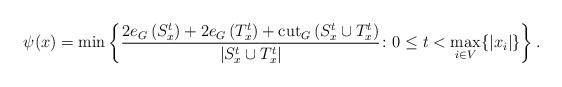
LaTeX: \begin{align*}\psi(x)=\min\left\{ \frac{2e_G\left(S_{x}^t\right)+2e_G\left(T_{x}^t\right)+\textnormal{cut}_G\left(S_{x}^t\cup T_{x}^t\right)}{\left|S_{x}^t\cup T_{x}^t\right|}\colon 0\le t< \max_{i\in V}\{|x_i|\} \right\}.\end{align*}